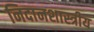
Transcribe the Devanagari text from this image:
निदानशास्त्रीय